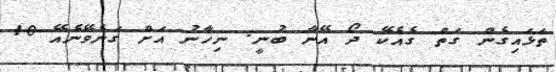
ތަޅައިގެން ގަތް ގެއެކޭ ދޯ އޭނާ ބުނީ. ނިހާނު އަށް ގަނެވޭނެއޭ 10